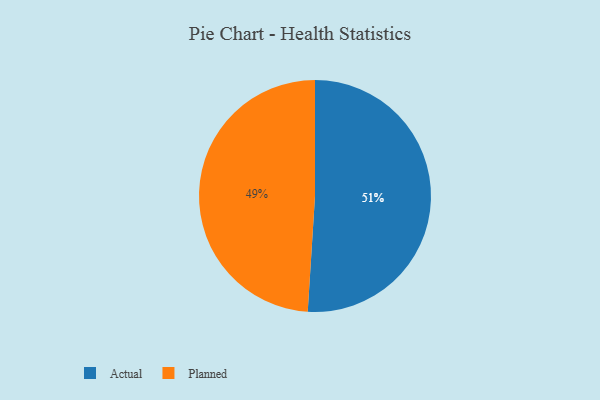
{"axis": {"x": "Category", "y": "Percentage"}, "legend": ["Actual", "Planned"], "data": [{"x": "Actual", "y": 51, "type": "Actual"}, {"x": "Planned", "y": 49, "type": "Planned"}]}